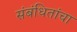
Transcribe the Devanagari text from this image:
संबंधितांचा